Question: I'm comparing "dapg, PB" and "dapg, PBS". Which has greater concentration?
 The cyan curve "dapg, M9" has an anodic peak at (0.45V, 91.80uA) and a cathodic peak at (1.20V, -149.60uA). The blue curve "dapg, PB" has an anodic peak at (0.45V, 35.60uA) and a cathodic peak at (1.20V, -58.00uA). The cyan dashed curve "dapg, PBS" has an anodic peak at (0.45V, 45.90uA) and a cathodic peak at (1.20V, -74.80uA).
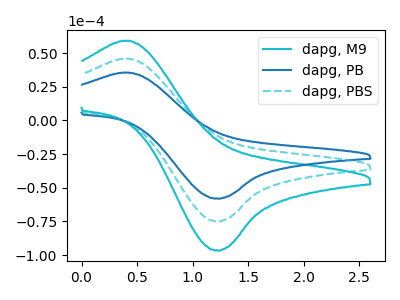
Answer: <think>All the peaks in "dapg, PB" have a peak in "dapg, PBS" at the same potential. Every peak in "dapg, PB" is lower than every peak in "dapg, PBS".
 </think>
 <answer>"dapg, PB" has less signal than "dapg, PBS" and so likely has a lower concentration.</answer>
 <eval>less_concentration</eval>